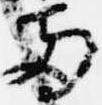
両